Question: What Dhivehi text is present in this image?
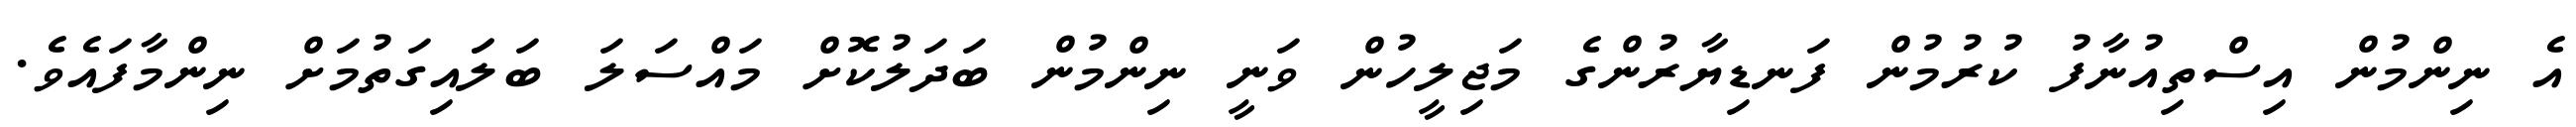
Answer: އެ ނިންމުން އިސްތިއުނާފު ކުރުމުން ފަނޑިޔާރުންގެ މަޖިލީހުން ވަނީ ނިންމުން ބަދަލުކޮށް މައްސަލަ ބަލަައިގަތުމަށް ނިންމާފައެވެ.